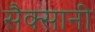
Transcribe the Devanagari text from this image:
सैक्सानी